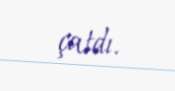
çatdı.